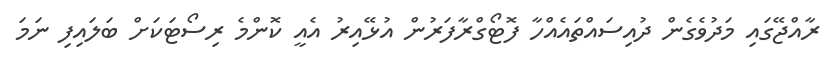
ރާއްޖޭގައި މަދުވެގެން ދުއިސައްތައެއްހާ ފޮޓޯގްރާފަރުން އުޅޭއިރު އެއީ ކޮންމެ ރިސޯޓަކަށް ބަލައިފި ނަމަ